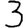
Digit: 3